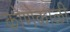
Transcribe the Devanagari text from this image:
कोणेकाळी